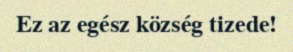
Ez az egész község tizede!